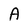
Character: A